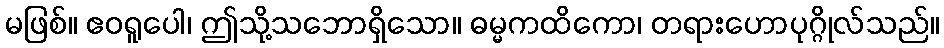
မဖြစ်။ ဧဝရူပေါ၊ ဤသို့သဘောရှိသော။ ဓမ္မကထိကော၊ တရားဟောပုဂ္ဂိုလ်သည်။